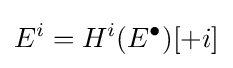
E^{i}=H^{i}(E^{\bullet })[+i]